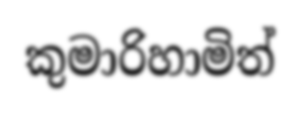
කුමාරිහාමිත්